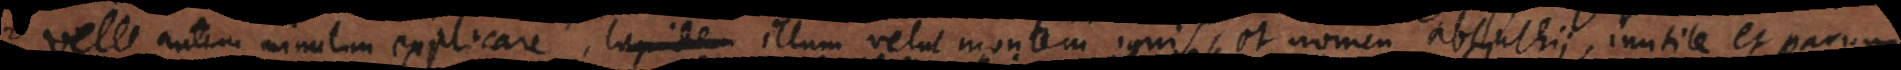
Velle autem minutim explicare, lapidem illum velut montem ignis, et nomen absynthii, inutile et pa